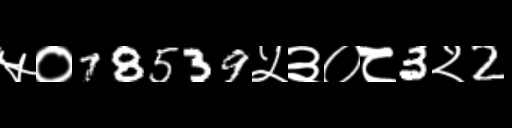
Text: ५०78539५३०८3२2